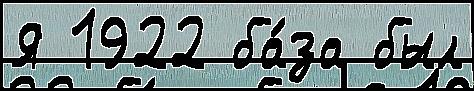
Я 1922 ба́за был